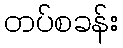
တပ်စခန်း